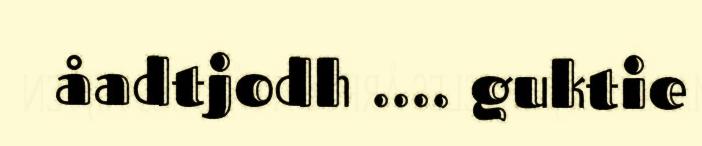
åadtjodh .... guktie